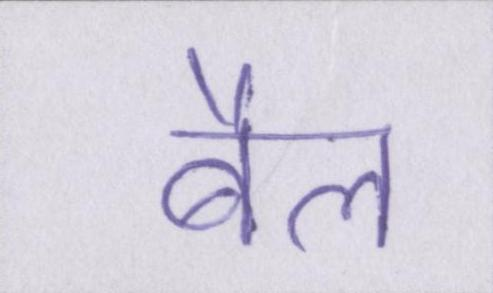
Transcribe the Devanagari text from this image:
बैल